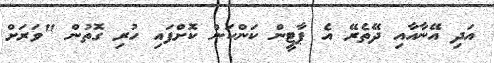
އަދި އޭނާއާއި ދޭތެރޭ އެ ޕާޓީން ކަންކަން ކޮށްފައި ހުރި ގޮތުން "ވަރަށް